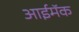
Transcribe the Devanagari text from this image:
आईमॅक